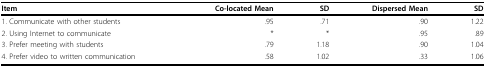
<table><thead><tr><td><b>Item</b></td><td><b>Co-located Mean</b></td><td><b>SD</b></td><td><b>Dispersed Mean</b></td><td><b>SD</b></td></tr></thead><tbody><tr><td>1. Communicate with other students</td><td>.95</td><td>.71</td><td>.90</td><td>1.22</td></tr><tr><td>2. Using Internet to communicate</td><td>*</td><td>*</td><td>.95</td><td>.89</td></tr><tr><td>3. Prefer meeting with students</td><td>.79</td><td>1.18</td><td>.90</td><td>1.04</td></tr><tr><td>4. Prefer video to written communication</td><td>.58</td><td>1.02</td><td>.33</td><td>1.06</td></tr></tbody></table>